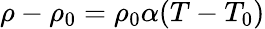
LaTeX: \rho-\rho_{0}=\rho_{0}\alpha(T-T_{0})